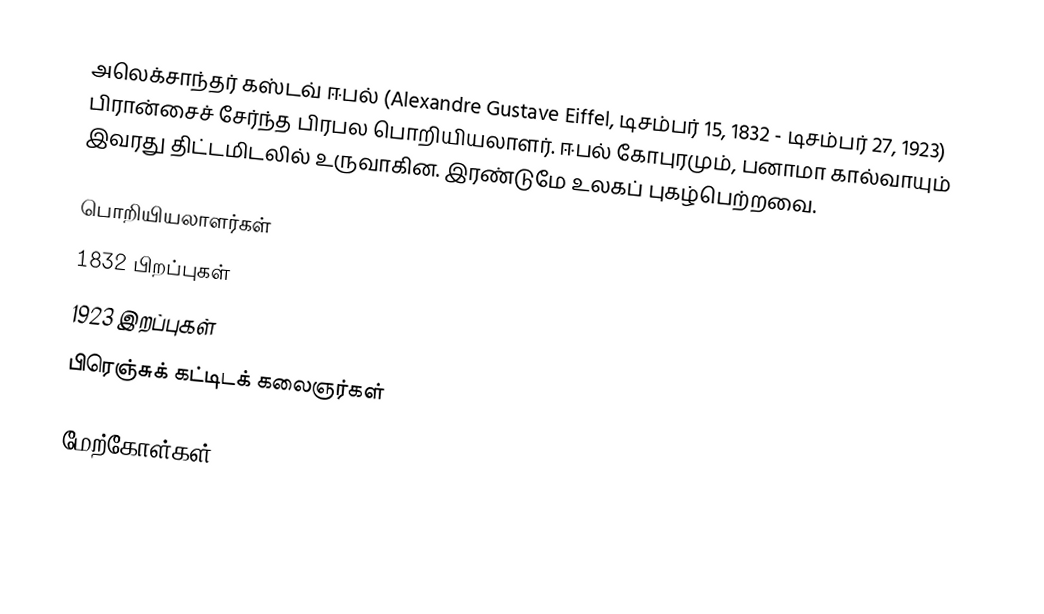
அலெக்சாந்தர் கஸ்டவ் ஈபல் (Alexandre Gustave Eiffel, டிசம்பர் 15, 1832 - டிசம்பர் 27, 1923) பிரான்சைச் சேர்ந்த பிரபல பொறியியலாளர். ஈபல் கோபுரமும், பனாமா கால்வாயும் இவரது திட்டமிடலில் உருவாகின. இரண்டுமே உலகப் புகழ்பெற்றவை.

பொறியியலாளர்கள்
1832 பிறப்புகள்
1923 இறப்புகள்
பிரெஞ்சுக் கட்டிடக் கலைஞர்கள்

மேற்கோள்கள்